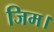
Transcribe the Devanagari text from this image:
जिम।